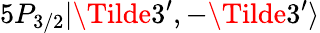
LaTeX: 5P_{3/2}|\Tilde{3}^{\prime},-\Tilde{3}^{\prime}\rangle